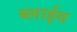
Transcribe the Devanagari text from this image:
ब्लाईथ